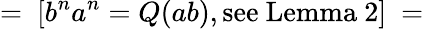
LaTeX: =\ [b^{n}a^{n}=Q(ab),{\mathrm{see~Lemma~2}}]\ =